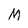
Character: M